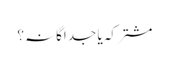
مشترکہ یا جداگانہ؟